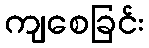
ကျစေခြင်း